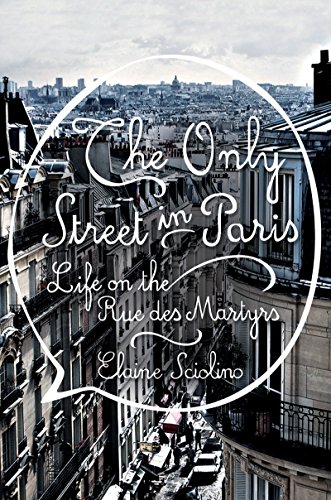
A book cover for The Only Street in Paris: Life on the Rue des Martyrs; Elaine Sciolino; Biographies & Memoirs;